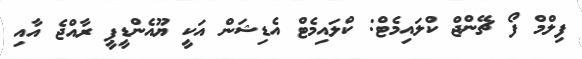
ފިލްމް ފޯ ޗޭންޖް ކްލައިމެެޓް: ކްލައިމެޓް އެޑިޝަން އަކީ ޔޫއެންޑީޕީ ރާއްޖެ އާއި